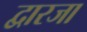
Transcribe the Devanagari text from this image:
द्वारजा